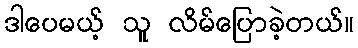
ဒါပေမယ့် သူ လိမ်ပြောခဲ့တယ်။